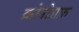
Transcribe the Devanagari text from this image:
क्रोनोग्रफ़